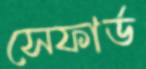
সেফার্ড